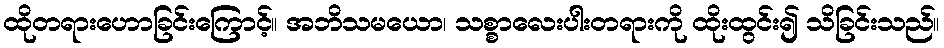
ထိုတရားဟောခြင်းကြောင့်။ အဘိသမယော၊ သစ္စာလေးပါးတရားကို ထိုးထွင်း၍ သိခြင်းသည်။